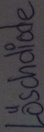
Text: Löschdiode